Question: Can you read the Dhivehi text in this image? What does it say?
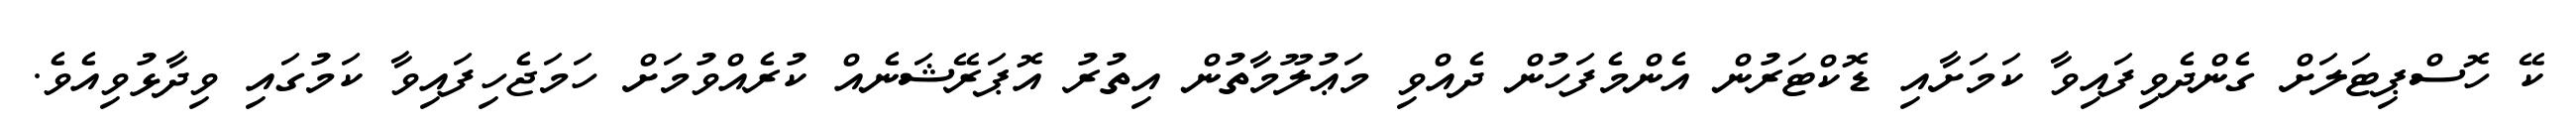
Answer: ކޭ ހޮސްޕިޓަލަށް ގެންދެވިފައިވާ ކަމަށާއި ޑޮކްޓަރުން އެންމެފަހުން ދެއްވި މަޢުލޫމާތުން އިތުރު އޮޕަރޭޝަނެއް ކުރެއްވުމަށް ހަމަޖެހިފައިވާ ކަމުގައި ވިދާޅުވިއެވެ.